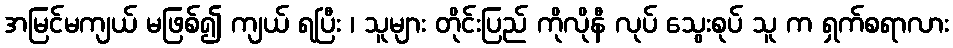
အမြင်မကျယ် မဖြစ်၍ ကျယ် ရပြီး ၊ သူများ တိုင်းပြည် ကိုလိုနီ လုပ် သွေးစုပ် သူ က ရှက်စရာလား